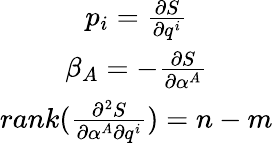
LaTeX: \begin{array}{c}{p_{i}=\frac{\partial S}{\partial q^{i}}}\\ {\beta_{A}=-\frac{\partial S}{\partial\alpha^{A}}}\\ {rank(\frac{\partial^{2}S}{\partial\alpha^{A}\partial q^{i}})=n-m}\end{array}